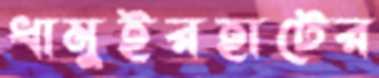
ধামুইরহাটের